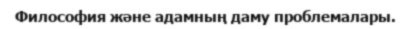
Философия және адамның даму проблемалары.